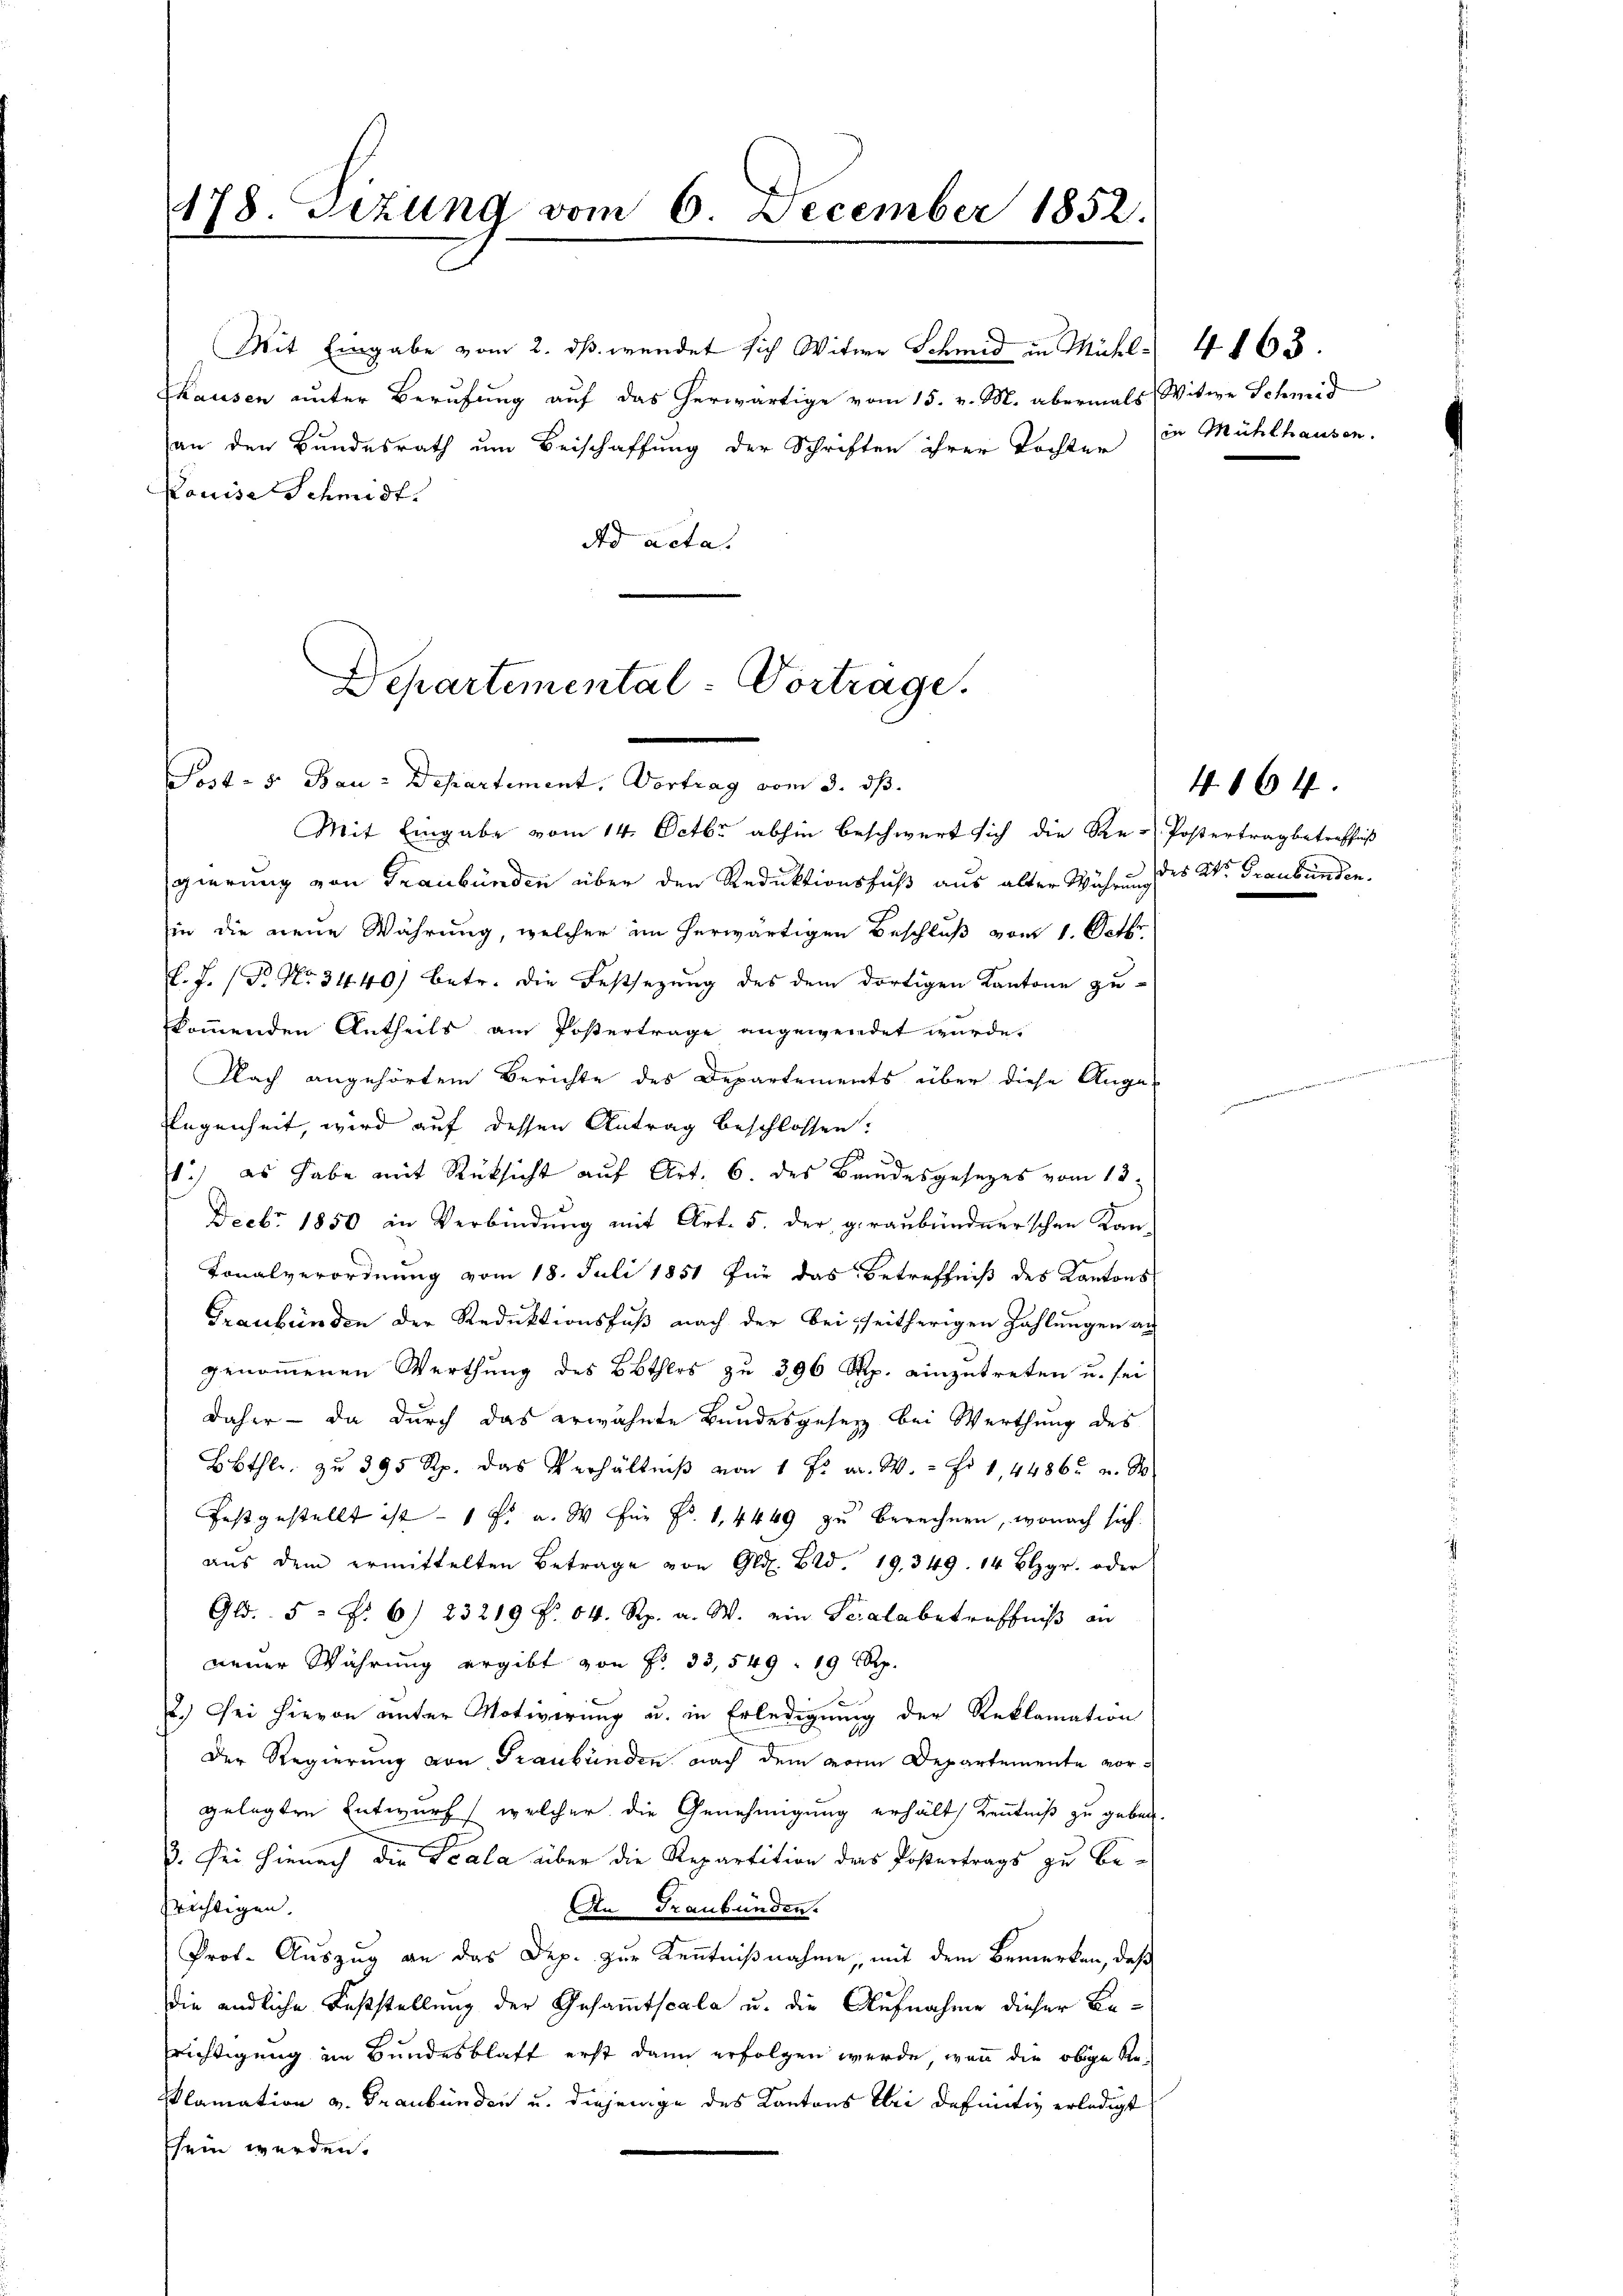
78. Sizung vom 6. December 1852.
1.

Mit Eingabe vom 2. dß wendet sich Witwe Schmid in Michl 4163.
Thausen unter Berufung auf das herwärtige vom 15. v. M. abermals Witwe Schmid
an den Bundesrath um Beischaffung der Schriften ihrer Tochten in Mühlhausen.
Louise Schmidt.
Ad acta.

Departemental - Vortrage.
Post- 5. Bau-Departement. Vertrag vom 3. ds.

Mit Eingabe vom 14. Octbr. abhin beschwert sich die Re-Postertrag betreffniß
gierung von Graubünden über den Reduktionsfuß aus alter Währung des Dr. Graubünden.
in die neue Währung, welcher im herwärtigen Beschluß vom 1. Octbr.
f. J. (T. No. 3440) betr. die Festsezung des dem dortigen Kantone zu-
kommenden Antheils am Postertrage angewendet wurde.
Nach angehörtem Berichte des Departements über diese Ange-
Regenheit, wird auf dessen Antrag beschlossen:
1.) es habe mit Rüksicht auf Art. 6. des Bandesgesezes vom 13.
Deebr 1850 in Verbindung mit Art. 5. der geraubündnerschen Kan-
Tonalverordnung vom 18. Juli 1851 für das Betreffniß des Kantons
Graubünden der Reduktionsfuß nach der bei seitherigen Zahlungen an
genommenen Werthung des Bethles zu 396 Rp. einzutreten u. sei
daher - da durch das erwähnte Bundesgesetz bei Werthung des
Bbthlr. zu 395 Rp. das Verhältniβ von 1 f: a. W. - Fr. 1,4486 u. S
festgestellt ist - 1 f: a. W. Für Fr. 1, 4449 zu berechnen, wonach sich
aŭs dem ermittelten Betrage von Gld. Bd. 19. 349. 14 Blzgr. oder
Gl. 5 f. 6) 23219 f. 64. Rp. a. W. ein Scala betreffniß an
neuer Währung ergibt von Fr. 33,549. 19 Rp.
2.) Sei hievon unter Notivirung u. in Erledigung der Reklamation
Der Regierung von Graubünden nach dem vor Departemente vorgelegten Entwurf, welcher die Genehmigung erhält, Kenntniß zu geben.
ß. Sei hienach die Scala über die Repartition des Postertrags zu befrichtigen.
An Graubünden.
Prot. Auszug an das Dep. zur Kenntnißnahme, mit dem Bemerken, daß
die endliche Feststellung der Gesammtscala u. die Aufnahme dieser Befrichtigung im Bundesblatt erst dann erfolgen werde, wenn die obige Re¬
Plamation v. Graubünden u. diejenige des Kantons bei definitiv erledigt
sein werden.

4864.